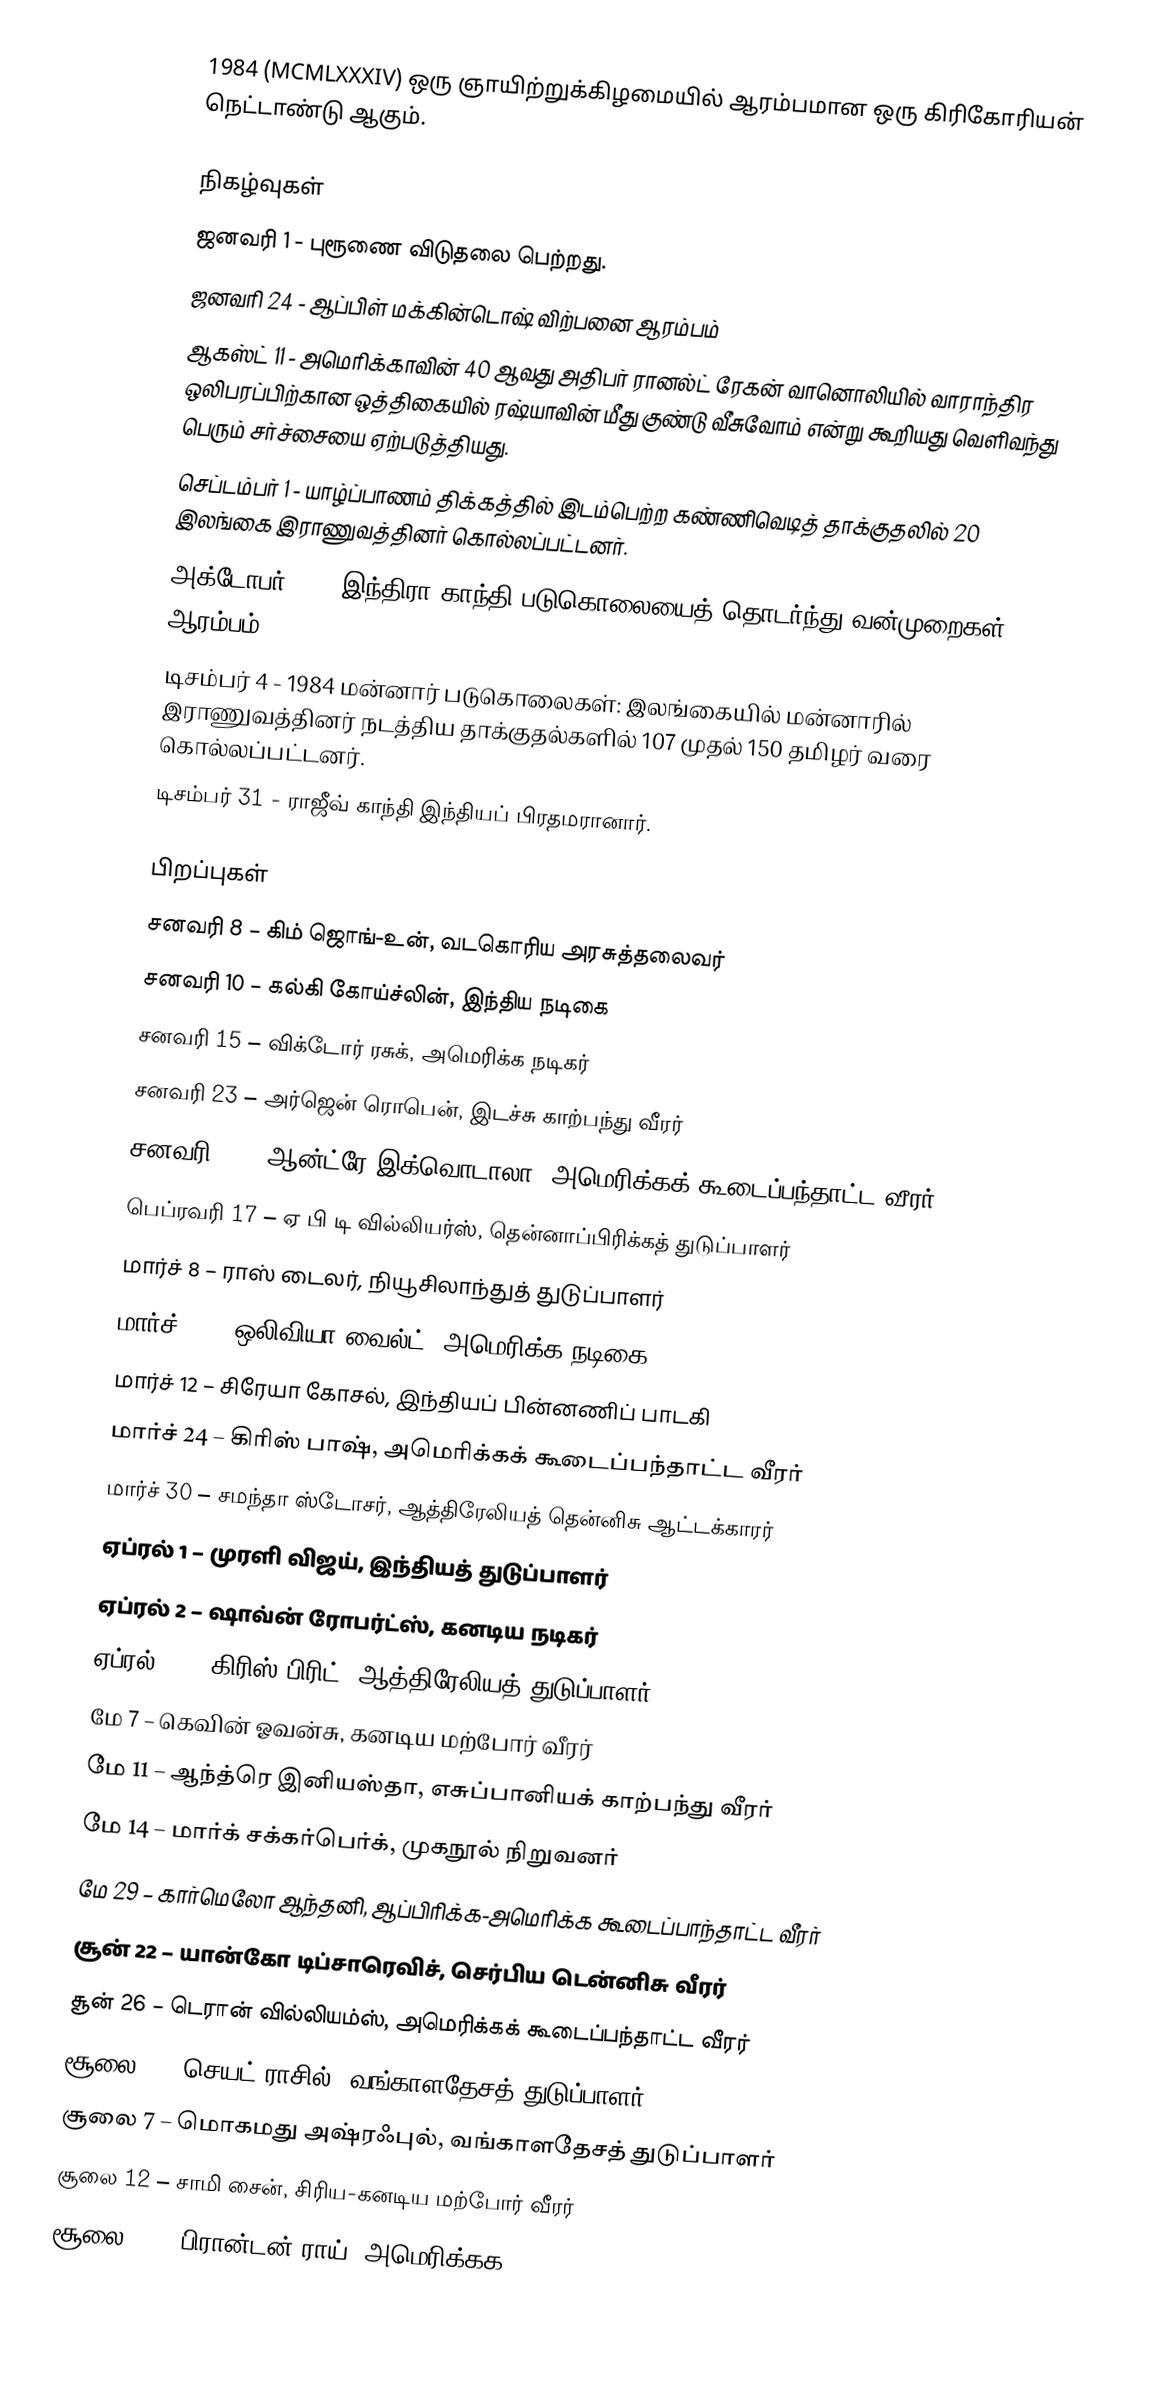
1984  (MCMLXXXIV) ஒரு ஞாயிற்றுக்கிழமையில் ஆரம்பமான ஒரு கிரிகோரியன் நெட்டாண்டு ஆகும்.

நிகழ்வுகள்
 ஜனவரி 1 - புரூணை விடுதலை பெற்றது.
 ஜனவரி 24 - ஆப்பிள் மக்கின்டொஷ் விற்பனை ஆரம்பம்
 ஆகஸ்ட் 11 - அமெரிக்காவின் 40 ஆவது அதிபர் ரானல்ட் ரேகன் வானொலியில் வாராந்திர ஒலிபரப்பிற்கான ஒத்திகையில் ரஷ்யாவின் மீது குண்டு வீசுவோம் என்று கூறியது வெளிவந்து பெரும் சர்ச்சையை ஏற்படுத்தியது.
 செப்டம்பர் 1 - யாழ்ப்பாணம் திக்கத்தில் இடம்பெற்ற கண்ணிவெடித் தாக்குதலில் 20 இலங்கை இராணுவத்தினர் கொல்லப்பட்டனர்.
 அக்டோபர் 31 - இந்திரா காந்தி படுகொலையைத் தொடர்ந்து வன்முறைகள் ஆரம்பம்.
 டிசம்பர் 4 - 1984 மன்னார் படுகொலைகள்: இலங்கையில் மன்னாரில் இராணுவத்தினர் நடத்திய தாக்குதல்களில் 107 முதல் 150 தமிழர் வரை கொல்லப்பட்டனர்.
 டிசம்பர் 31 - ராஜீவ் காந்தி இந்தியப் பிரதமரானார்.

பிறப்புகள்
 சனவரி 8 – கிம் ஜொங்-உன், வடகொரிய அரசுத்தலைவர்
 சனவரி 10 – கல்கி கோய்ச்லின், இந்திய நடிகை
 சனவரி 15 – விக்டோர் ரசுக், அமெரிக்க நடிகர்
 சனவரி 23 – அர்ஜென் ரொபென், இடச்சு காற்பந்து வீரர்
 சனவரி 28 – ஆன்ட்ரே இக்வொடாலா, அமெரிக்கக் கூடைப்பந்தாட்ட வீரர்
 பெப்ரவரி 17 – ஏ பி டி வில்லியர்ஸ், தென்னாப்பிரிக்கத் துடுப்பாளர்
 மார்ச் 8 – ராஸ் டைலர், நியூசிலாந்துத் துடுப்பாளர்
 மார்ச் 10 – ஒலிவியா வைல்ட், அமெரிக்க நடிகை
 மார்ச் 12 – சிரேயா கோசல், இந்தியப் பின்னணிப் பாடகி
 மார்ச் 24 – கிரிஸ் பாஷ், அமெரிக்கக் கூடைப்பந்தாட்ட வீரர்
 மார்ச் 30 – சமந்தா ஸ்டோசர், ஆத்திரேலியத் தென்னிசு ஆட்டக்காரர்
 ஏப்ரல் 1 – முரளி விஜய், இந்தியத் துடுப்பாளர்
 ஏப்ரல் 2 – ஷாவ்ன் ரோபர்ட்ஸ், கனடிய நடிகர்
 ஏப்ரல் 13 – கிரிஸ் பிரிட், ஆத்திரேலியத் துடுப்பாளர்
 மே 7 – கெவின் ஓவன்சு, கனடிய மற்போர் வீரர்
 மே 11 – ஆந்த்ரெ இனியஸ்தா, எசுப்பானியக் காற்பந்து வீரர்
 மே 14 – மார்க் சக்கர்பெர்க், முகநூல் நிறுவனர்
 மே 29 – கார்மெலோ ஆந்தனி, ஆப்பிரிக்க-அமெரிக்க கூடைப்பாந்தாட்ட வீரர்
 சூன் 22 – யான்கோ டிப்சாரெவிச், செர்பிய டென்னிசு வீரர்
 சூன் 26 – டெரான் வில்லியம்ஸ், அமெரிக்கக் கூடைப்பந்தாட்ட வீரர்
 சூலை 3 - செயட் ராசில், வங்காளதேசத் துடுப்பாளர்
 சூலை 7 – மொகமது அஷ்ரஃபுல், வங்காளதேசத் துடுப்பாளர்
 சூலை 12 – சாமி சைன், சிரிய-கனடிய மற்போர் வீரர்
 சூலை 23 – பிரான்டன் ராய், அமெரிக்கக